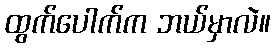
ထွက်ပေါက်က ဘယ်မှာလဲ။